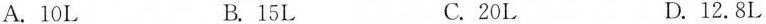
A.10L B.15L C.20L D.12.8L